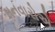
મનવારોએ